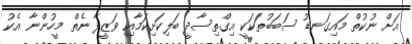
އަށް ނުކުތް މައިގަނޑު ސަބަބުތަކަކީ އިގްތިސާދީ ބަލިކަށިކަމާއި ވަޒީފާ ނެތް މީހުންނާ އެކު